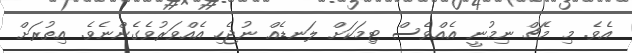
އެވެ. މި މެޗް ނިމުނީ އެއްވެސް ޓިމަކަށް ލަނޑެއް ނުޖެހި އެއްވަރުވެގެންނެވެ. އިތުރަށް